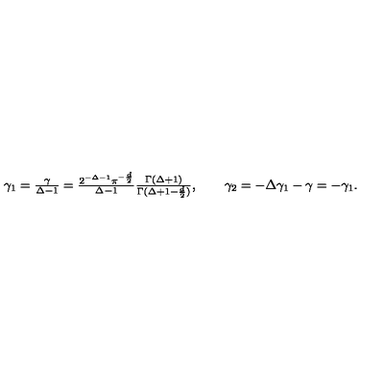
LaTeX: \textstyle \gamma _ { 1 } = \frac \gamma { \Delta - 1 } = \frac { 2 ^ { - \Delta - 1 } \pi ^ { - \frac d 2 } } { \Delta - 1 } \frac { \Gamma ( \Delta + 1 ) } { \Gamma ( \Delta + 1 - \frac d 2 ) } , \qquad \gamma _ { 2 } = - \Delta \gamma _ { 1 } - \gamma = - \gamma _ { 1 } .